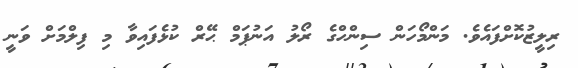
ރިލީޒުކޮށްފައެވެ. މަންމޯހަން ސިންހްގެ ރޯލު އަނުޕަމް ޙޭރް ކުޅެފައިވާ މި ފިލްމަށް ވަނީ